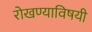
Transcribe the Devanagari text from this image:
रोखण्याविषयी